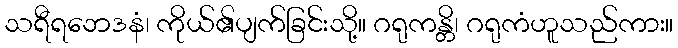
သရီရဘေဒနံ၊ ကိုယ်၏ပျက်ခြင်းသို့။ ဂရုကန္တိ၊ ဂရုကံဟူသည်ကား။